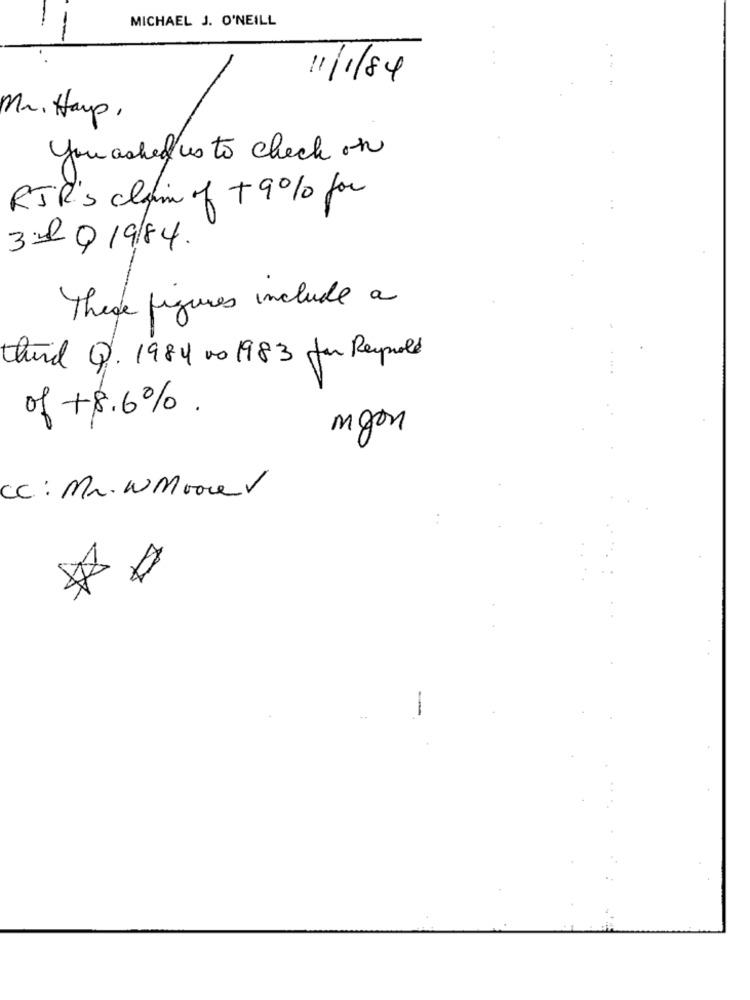
MICHAEL J. O'NEILL
11/1/84
Mr. Hayp ,
you asked us to check on
RJR's claim of + 9% for
31 019/84.
These figures include a
third Q. 1984 00 1983 for Reynold
of +8.6%.
myon
CC : Mr. WMoonV
7